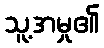
သူ့အမှု၏